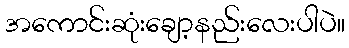
အကောင်းဆုံးချော့နည်းလေးပါပဲ။